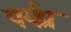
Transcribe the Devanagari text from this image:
पर्यप्र